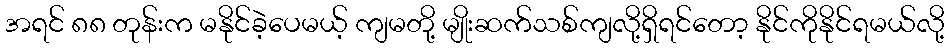
အရင် ၈၈ တုန်းက မနိုင်ခဲ့ပေမယ့် ကျမတို့ မျိုးဆက်သစ်ကျလို့ရှိရင်တော့ နိုင်ကိုနိုင်ရမယ်လို့